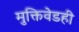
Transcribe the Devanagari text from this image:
मुक्तिवेडही